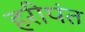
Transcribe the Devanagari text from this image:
हरीपंत